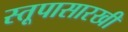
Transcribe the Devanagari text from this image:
स्तूपासारखी